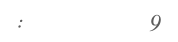
:         9